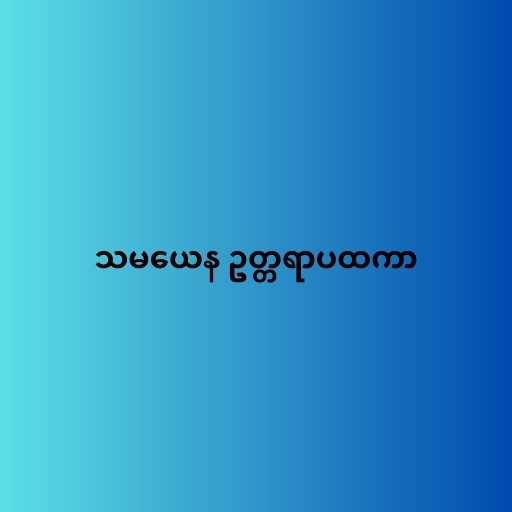
သမယေန ဥတ္တရာပထကာ